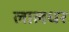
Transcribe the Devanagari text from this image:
लालधर